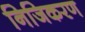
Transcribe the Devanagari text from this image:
निजिकरण